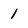
Character: 1